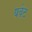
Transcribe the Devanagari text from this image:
यवेट